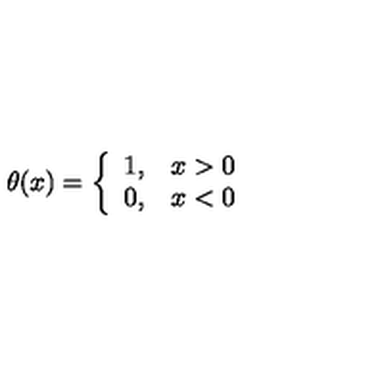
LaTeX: \theta ( x ) = \left\{ \begin{array} { c c } { 1 , } & { x > 0 } \\ { 0 , } & { x < 0 } \\ \end{array} \right.